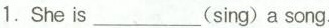
1.She is___(sing)a song.